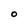
Character: O